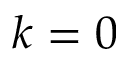
k = 0